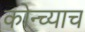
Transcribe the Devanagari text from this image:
कोन्च्याच